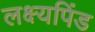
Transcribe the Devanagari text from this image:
लक्ष्यपिंड